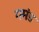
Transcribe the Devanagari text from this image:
गमंड